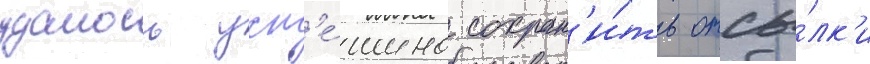
удалось усп'е́шно сохран'и́ть отсы́лк'и